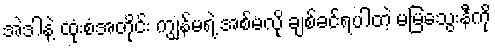
အဲဒါနဲ့ ထုံးစံအတိုင်း ကျွန်မရဲ့ အစ်မလို ချစ်ခင်ရပါတဲ့ မမြသွေးနီကို